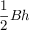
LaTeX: { \frac { 1 } { 2 } } B h